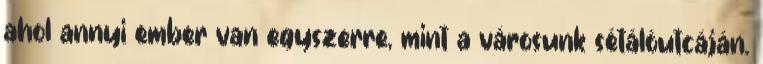
ahol annyi ember van egyszerre, mint a városunk sétálóutcáján.